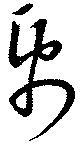
帋